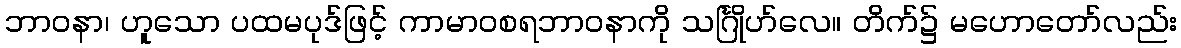
ဘာဝနာ၊ ဟူသော ပထမပုဒ်ဖြင့် ကာမာဝစရဘာဝနာကို သင်္ဂြိုဟ်လေ။ တိက်၌ မဟောတော်လည်း